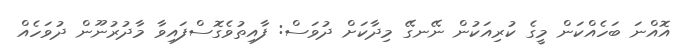
އޮއްނަ ބަހެއްކަން މީގެ ކުރިއަކުން ނޭނގޭ މިދާކަށް ދުވަސް: ފާއިތުވެގޮސްފައިވާ މާދުރުނޫން ދުވަހެއް